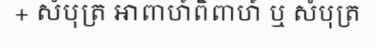
+ សំបុត្រ អាពាហ៍ពិពាហ៍ ឬ សំបុត្រ